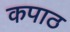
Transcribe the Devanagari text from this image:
कपाठ